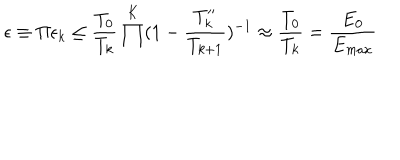
\epsilon \equiv \Pi \epsilon _ { k } \leq \frac { T _ { 0 } } { T _ { k } } \prod ^ { K } ( 1 - \frac { T _ { k } ^ { \prime \prime } } { T _ { k + 1 } } ) ^ { - 1 } \approx \frac { T _ { 0 } } { T _ { k } } = \frac { E _ { 0 } } { E _ { m a x } }